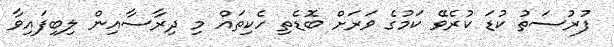
ފުރުސަތު ކުޑަ ކުރެވޭ ކަމުގެ ވަރަށް ބޮޑެތި ހެކިތައް މި ދިރާސާއިން ލިބިފައިވާ